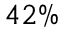
4 2 \%